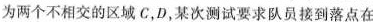
为两个不相交的区域C，D，某次测试要求队员接到落点在